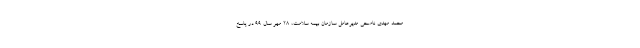
محمد مهدی ناصحی مدیرعامل سازمان بیمه سلامت، ۲۸ مهر سال ۹۹ در پاسخ